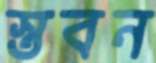
স্তবন